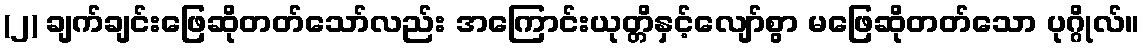
(၂) ချက်ချင်းဖြေဆိုတတ်သော်လည်း အကြောင်းယုတ္တိနှင့်လျော်စွာ မဖြေဆိုတတ်သော ပုဂ္ဂိုလ်။